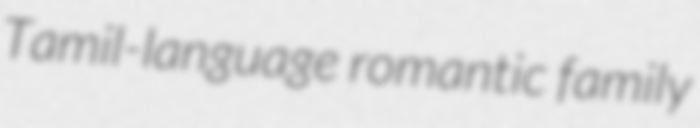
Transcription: Tamil-language romantic family